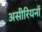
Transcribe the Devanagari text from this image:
असीरियनों